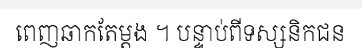
ពេញឆាកតែម្តង ។ បន្ទាប់ពីទស្សនិកជន